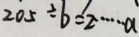
2 0 5 \div b = 2 \cdots a